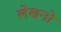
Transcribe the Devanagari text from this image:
लेखनो